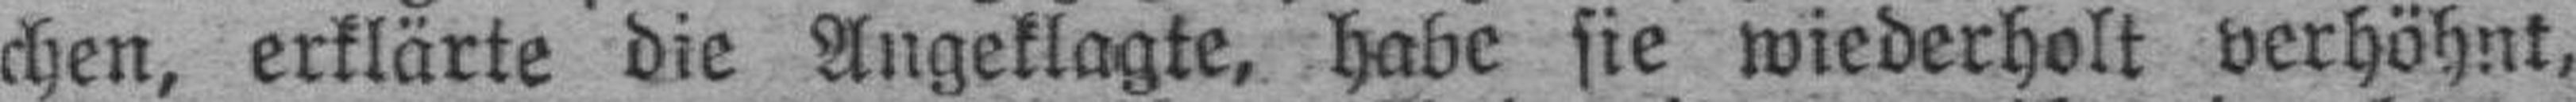
chen, erklärte die Angeklagte, habe sie wiederholt verhöhnt,